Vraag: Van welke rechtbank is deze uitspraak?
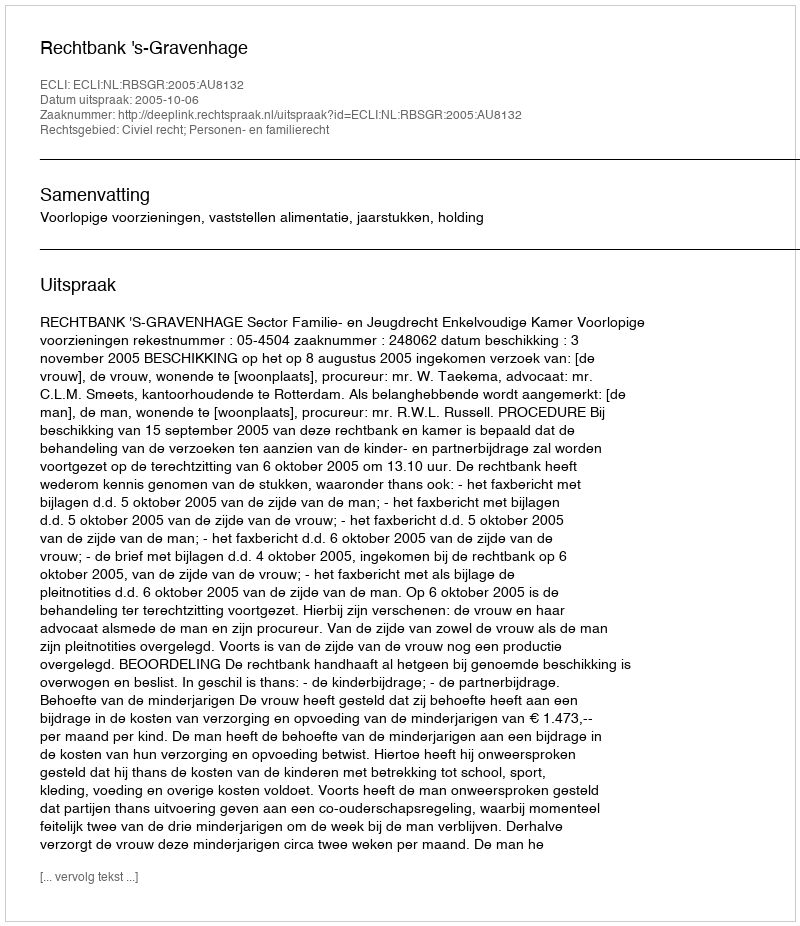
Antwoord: Rechtbank 's-Gravenhage